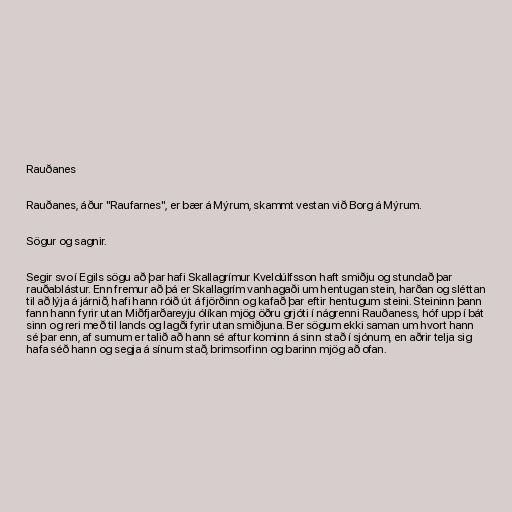
Rauðanes

Rauðanes, áður "Raufarnes", er bær á Mýrum, skammt vestan við Borg á Mýrum.

Sögur og sagnir.

Segir svo í Egils sögu að þar hafi Skallagrímur Kveldúlfsson haft smiðju og stundað þar
rauðablástur. Enn fremur að þá er Skallagrím vanhagaði um hentugan stein, harðan og sléttan
til að lýja á járnið, hafi hann róið út á fjörðinn og kafað þar eftir hentugum steini. Steininn þann
fann hann fyrir utan Miðfjarðareyju ólíkan mjög öðru grjóti í nágrenni Rauðaness, hóf upp í bát
sinn og reri með til lands og lagði fyrir utan smiðjuna. Ber sögum ekki saman um hvort hann
sé þar enn, af sumum er talið að hann sé aftur kominn á sinn stað í sjónum, en aðrir telja sig
hafa séð hann og segja á sínum stað, brimsorfinn og barinn mjög að ofan.